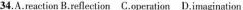
34.A.reaction B.reflection C.operation D.imagination